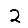
Digit: 2